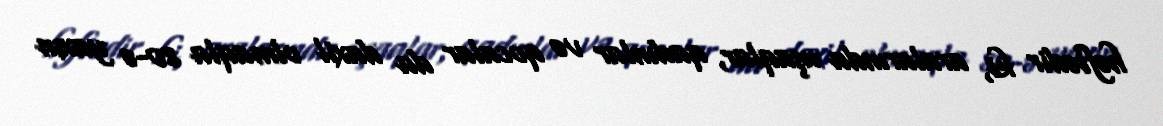
həftədir ki, aralarında uşaqlar, qadınlar və qocalar da daxil olmaqla 80-ə yaxın